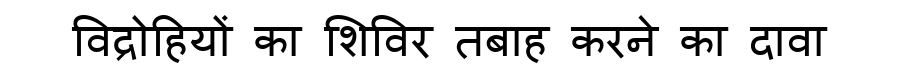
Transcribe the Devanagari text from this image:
विद्रोहियों का शिविर तबाह करने का दावा